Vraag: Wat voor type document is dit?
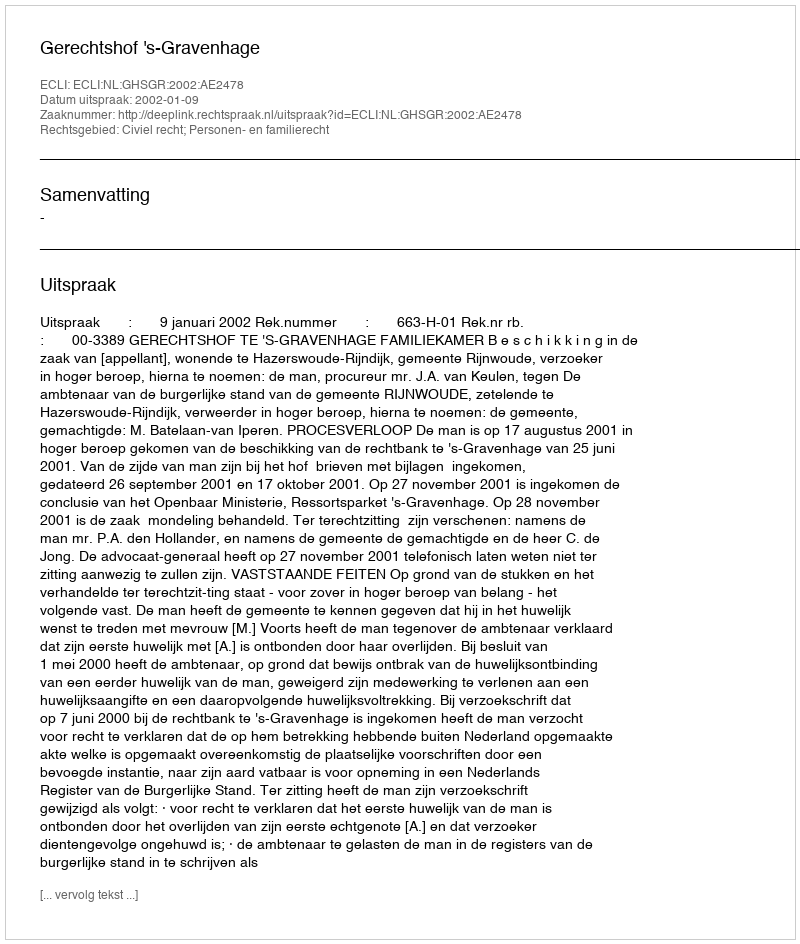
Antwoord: Uitspraak